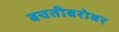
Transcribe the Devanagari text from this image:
बचतीबरोबर